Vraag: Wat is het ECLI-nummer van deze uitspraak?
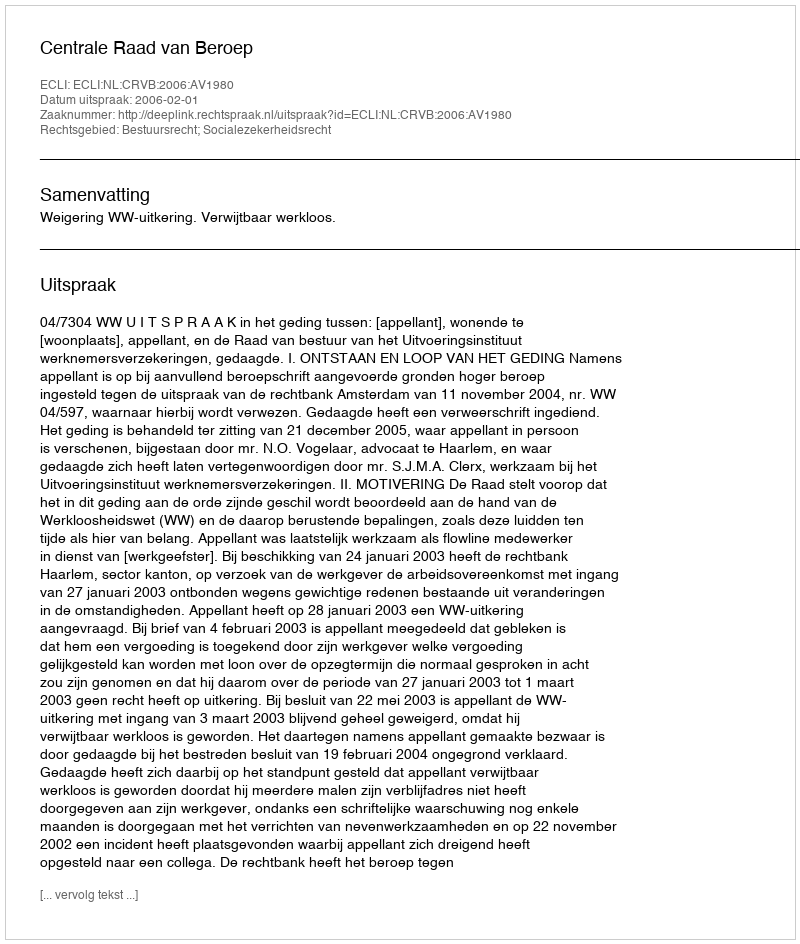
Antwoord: ECLI:NL:CRVB:2006:AV1980